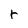
Character: r